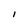
Character: I